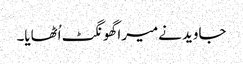
جاوید نےمیرا گھونگٹ اُٹھایا۔